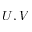
U , V